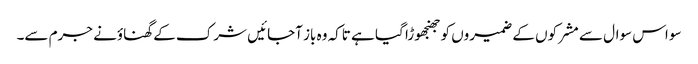
سو اس سوال سے مشرکوں کے ضمیروں کو جھنجھوڑا گیا ہے تاکہ وہ باز آجائیں شرک کے گھناؤنے جرم سے۔